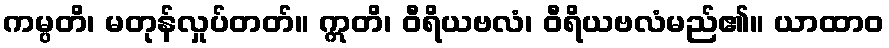
ကမ္ပတိ၊ မတုန်လှုပ်တတ်။ ဣတိ၊ ဝီရိယဗလံ၊ ဝီရိယဗလံမည်၏။ ယာထာဝ